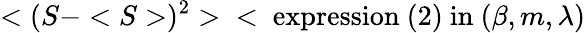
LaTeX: <(S-<S>)^{2}>\; \; <\mathrm{~expression~(2)~in~}(\beta,m,\lambda)